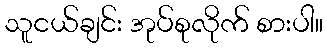
သူငယ်ချင်း အုပ်စုလိုက် စားပါ။